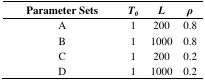
| Parameter Sets | T0 | L | ρ |
 | --- | --- | --- | --- |
 | A | 1 | 200 | 0.8 |
 | B | 1 | 1000 | 0.8 |
 | C | 1 | 200 | 0.2 |
 | D | 1 | 1000 | 0.2 |